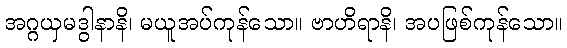
အဂ္ဂယှမဒွါနာနိ၊ မယူအပ်ကုန်သော။ ဗာဟိရာနိ၊ အပဖြစ်ကုန်သော။